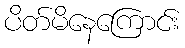
ပိတ်မိနေကြောင်း